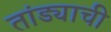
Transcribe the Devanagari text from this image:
तांड्याची